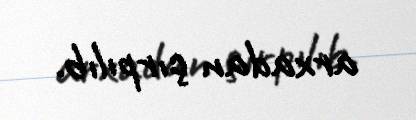
arxadan çırpılıb.